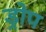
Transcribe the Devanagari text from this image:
ड्रोप